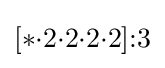
[*{\cdot }2{\cdot }2{\cdot }2{\cdot }2]{:}3